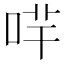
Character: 哶